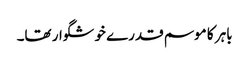
باہر کا موسم قدرے خوشگوار تھا۔